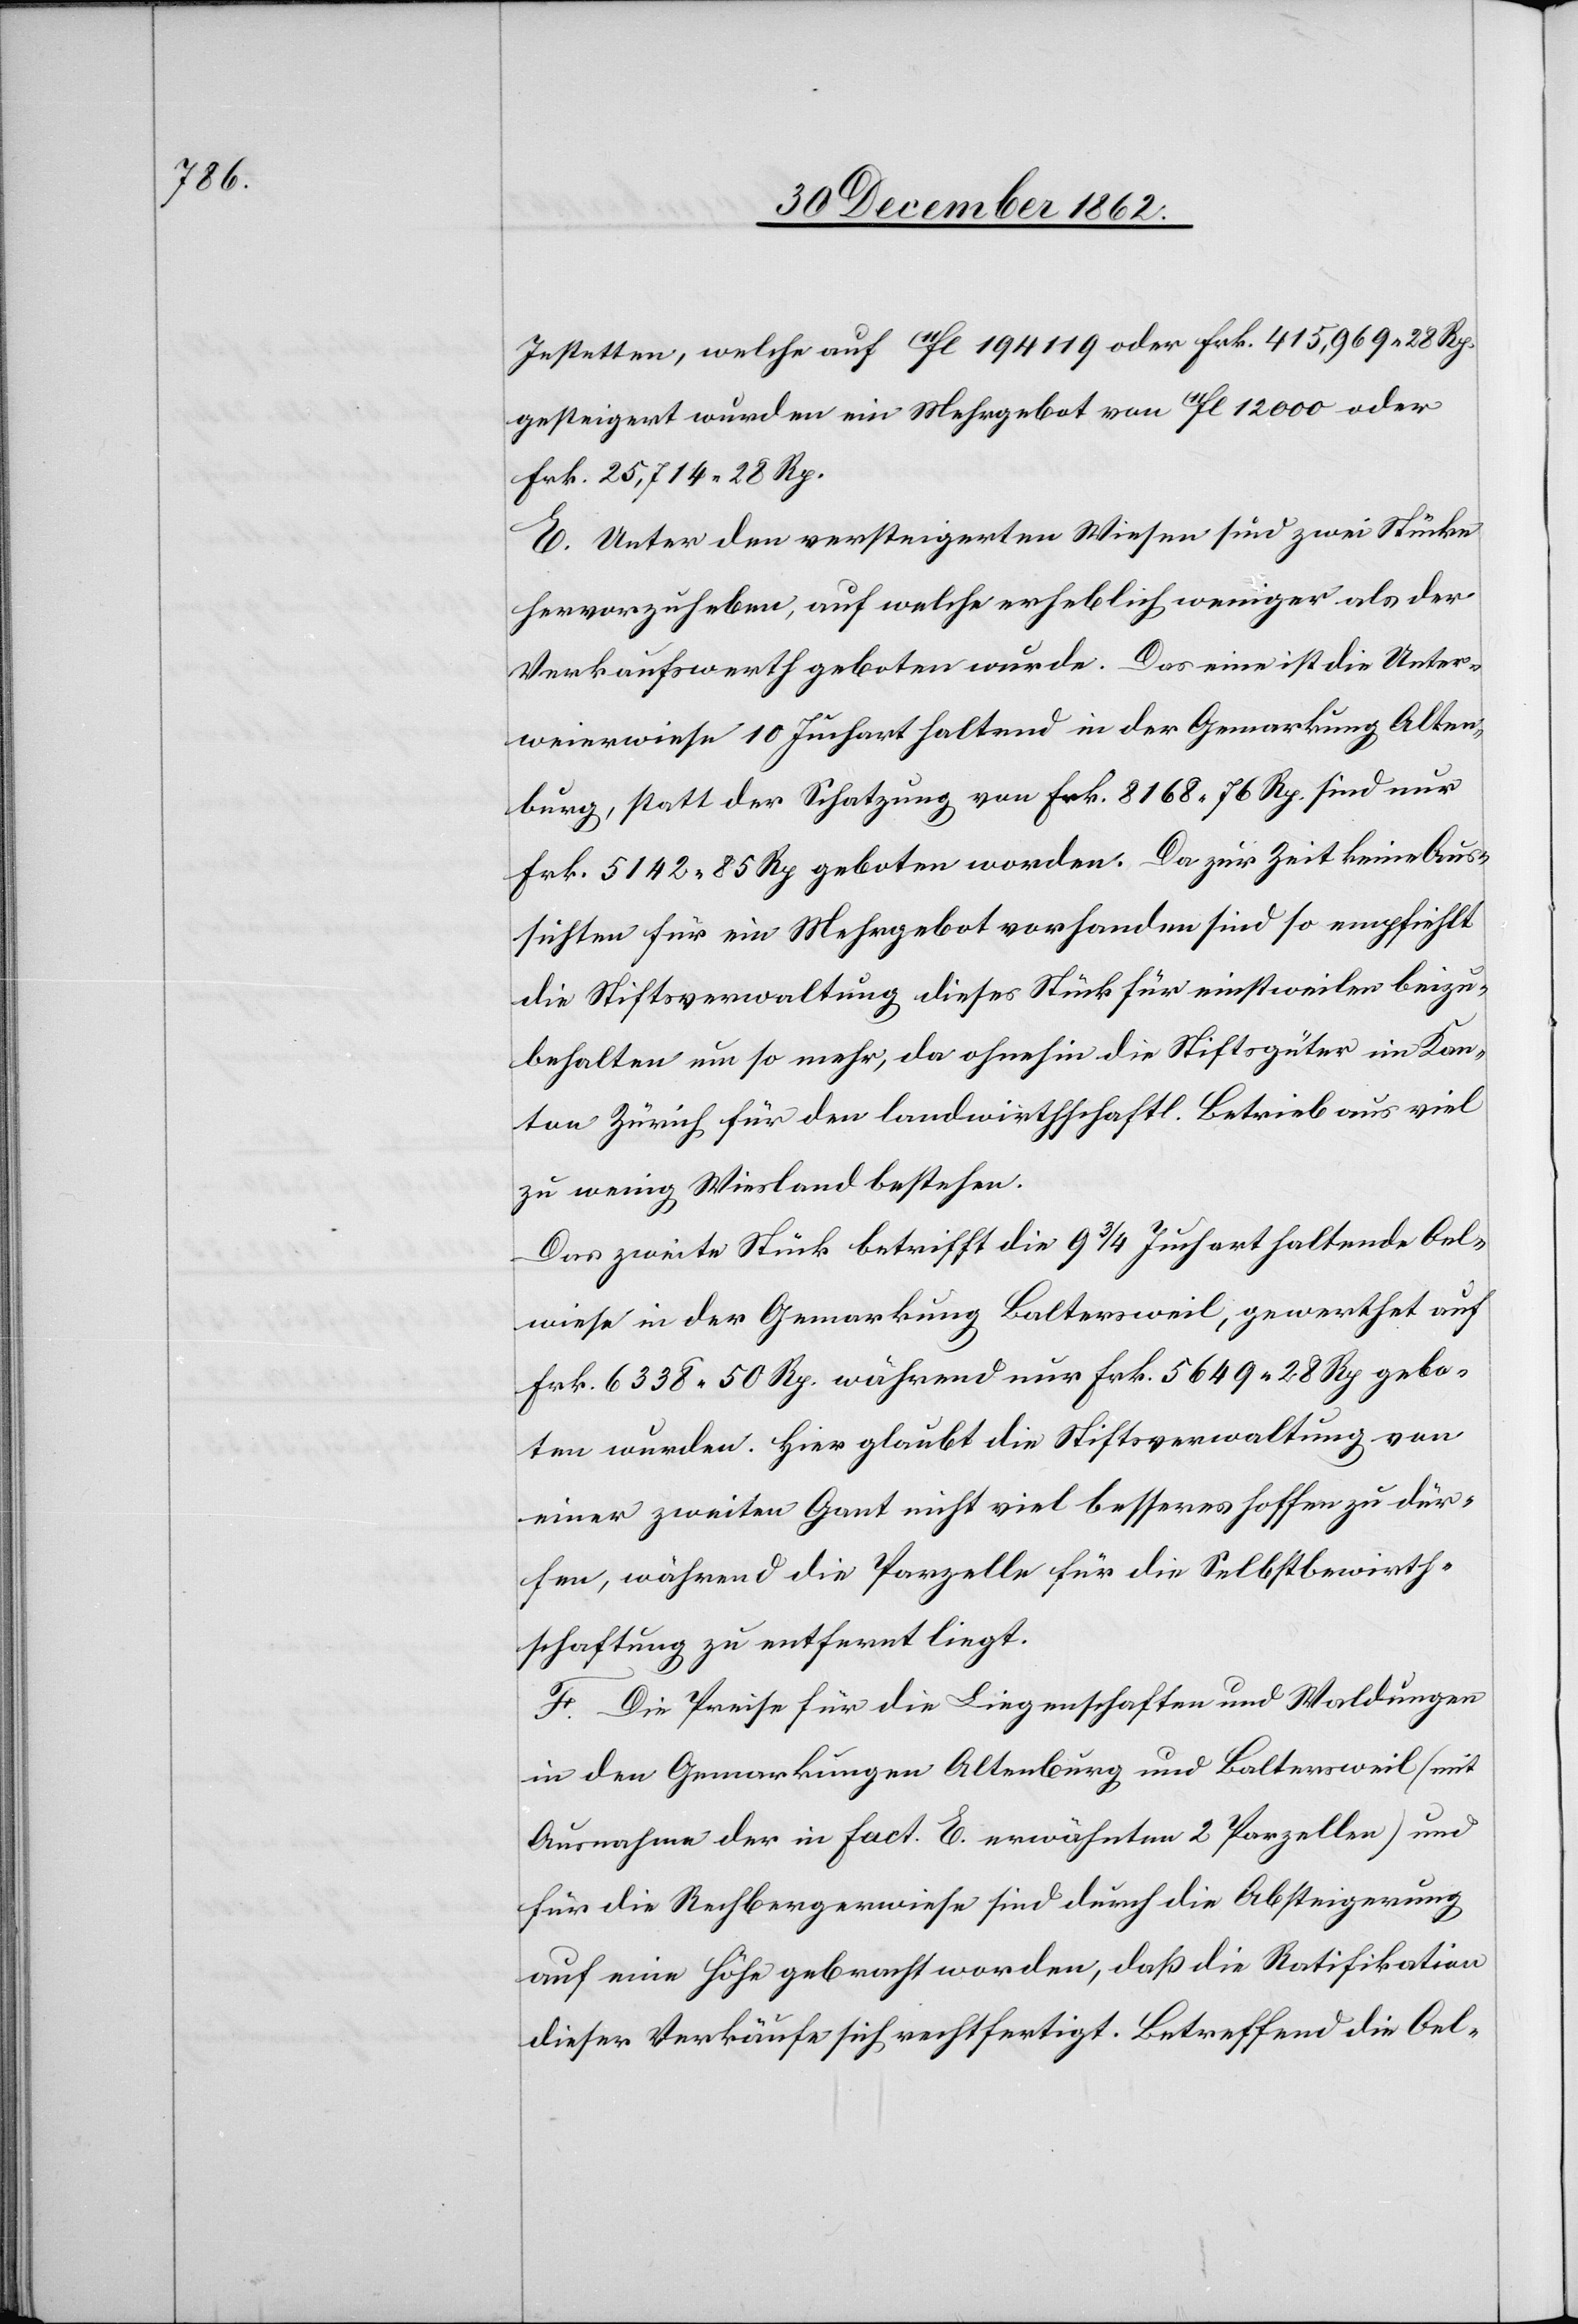
Jestetten, welche auf 11fl. 194 119 oder Frk. 415,696 28 Rp.
gesteigert wurden ein Mehrgebot von 11fl. 12 000 oder
Frk. 25,714 28 Rp.
E. Unter den versteigerten Wiesen sind zwei Stücke
hervorzuheben, auf welche erheblich weniger als der
Verkaufswerth geboten wurde. Das eine ist die Unter¬
weierwiese 10 Juchart haltend in der Gemarkung Alten¬
burg, statt der Schatzung von Frk. 8168 76 Rp. sind nur
Frk. 5142 85 Rp. geboten worden. Da zur Zeit keine Aus¬
sichten für ein Mehrgebot vorhanden sind so empfiehlt
die Stiftsverwaltung dieses Stück für einstweilen beizu¬
behalten um so mehr, da ohne hin die Stiftsgüter im Kan¬
ton Zürich für den landwirtschaftl. Betrieb aus viel
zu wenig Wiesland bestehen.
Das zweite Stück betrifft die 9 3/4 Juchart haltende Oel¬
wiese in der Gemarkung Baltersweil, gewerthet auf
Frk. 6338 50 Rp. während nur Frk. 5649 28 Rp. gebo¬
ten wurden. Hier glaubt die Stiftsverwaltung von
einer zweiten Gant nicht viel besseres hoffen zu dür¬
fen, während die Parzelle für die Selbstbewirth¬
schaftung zu entfernt liegt.
F. Die Preise für die Liegenschaften und Waldungen
in den Gemarkungen Altenburg und Baltersweil (mit
Ausnahme der in Fact. E erwähnten 2 Parzellen) und
für die Rechbergwiese sind durch die Absteigerung
auf eine Höhe gebracht worden, daß die Ratifikation
dieser Verkäufe sich rechtfertigt. Betreffend die Oel-